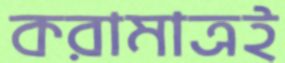
করামাত্রই